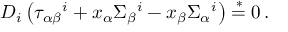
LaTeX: D _ { i } \left( \tau _ { \alpha \beta } { } ^ { i } + x _ { \alpha } \Sigma _ { \beta } { } ^ { i } - x _ { \beta } \Sigma _ { \alpha } { } ^ { i } \right) \stackrel { * } { = } 0 \, .